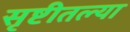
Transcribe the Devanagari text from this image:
सृष्टीतल्या